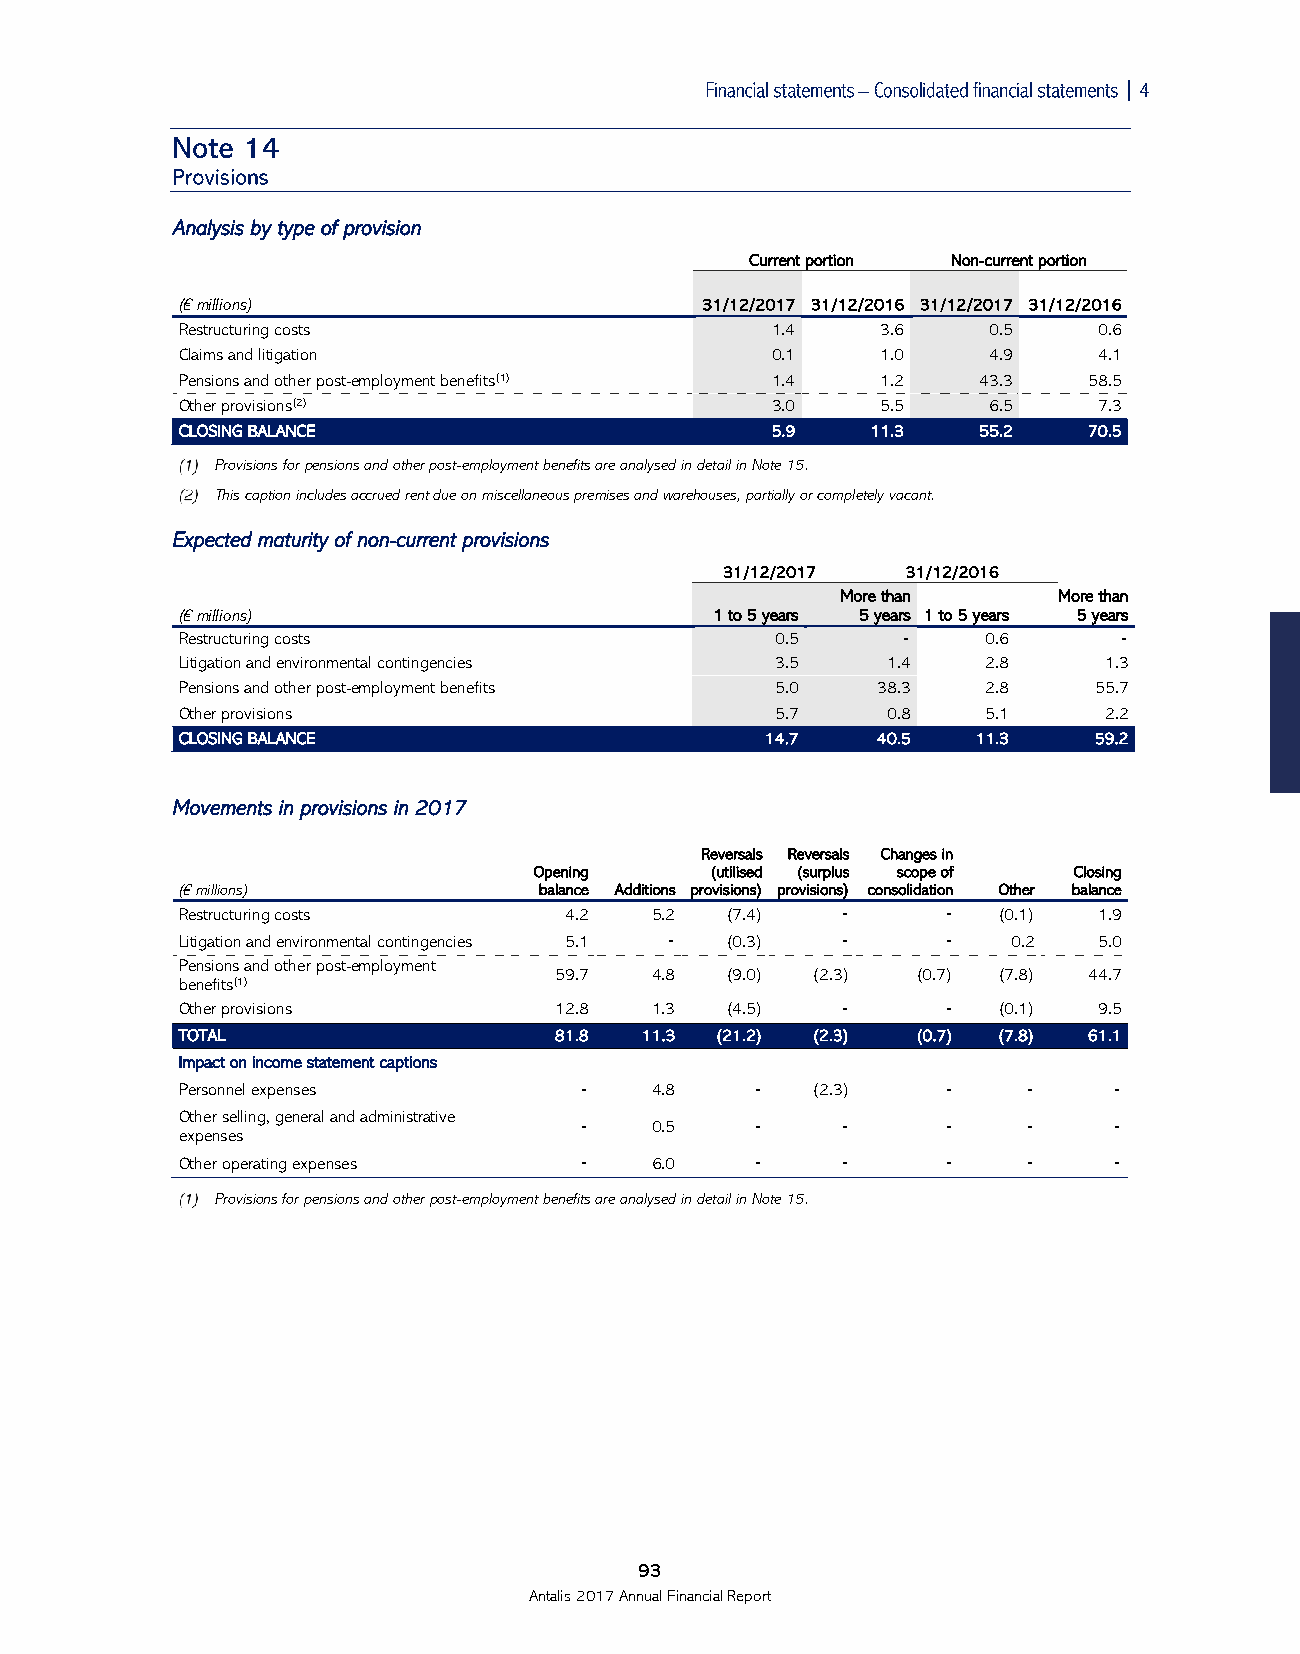

 Analysis by type of provision
 Current portion Non-current portion
 (€ millions)                      31/12/2017 31/12/2016 31/12/2017 31/12/2016
 Restructuring costs                    1.4    3.6    0.5     0.6
 Claims and litigation                  0.1    1.0    4.9     4.1
 Pensions and other post-employment benefits(1) 1.4 1.2 43.3 58.5
 Other provisions(2)                    3.0    5.5    6.5     7.3
 CLOSING BALANCE                        5.9    11.3   55.2   70.5
 Provisions for pensions and other post-employment benefits are analysed in detail in Note 15.
 This caption includes accrued rent due on miscellaneous premises and warehouses, partially or completely vacant.
 Expected maturity of non-current provisions
 31/12/2017  31/12/2016
 More than     More than
 (€ millions)                       1 to 5 years 5 years 1 to 5 years 5 years
 Restructuring costs                    0.5      ‑    0.6      ‑
 Litigation and environmental contingencies 3.5 1.4   2.8     1.3
 Pensions and other post-employment benefits 5.0 38.3 2.8    55.7
 Other provisions                       5.7     0.8   5.1     2.2
 CLOSING BALANCE                        14.7   40.5   11.3   59.2
 Movements in provisions in 2017
 Reversals Reversals Changes in
 Opening     (utilised (surplus scope of Closing
 (€ millions)            balance Additions provisions) provisions) consolidation Other balance
 Restructuring costs      4.2   5.2  (7.4)   ‑      ‑  (0.1)  1.9
 Litigation and environmental contingencies 5.1 ‑ (0.3) ‑ ‑ 0.2 5.0
 Pensions and other post-employment
 59.7  4.8  (9.0) (2.3)  (0.7) (7.8) 44.7
 benefits(1)
 Other provisions         12.8  1.3  (4.5)   ‑      ‑  (0.1)  9.5
 TOTAL                    81.8 11.3 (21.2) (2.3)  (0.7) (7.8) 61.1
 Impact on income statement captions
 Personnel expenses        ‑    4.8    ‑   (2.3)    ‑    ‑     ‑
 Other selling, general and administrative
 ‑    0.5    ‑     ‑      ‑    ‑     ‑
 expenses
 Other operating expenses  ‑    6.0    ‑     ‑      ‑    ‑     ‑
 Provisions for pensions and other post-employment benefits are analysed in detail in Note 15.
 93
 Antalis 2017 Annual Financial Report